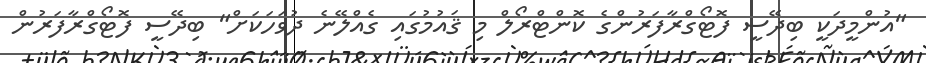
"އުންމީދަކީ ބިދޭސީ ފޮޓޯގްރާފަރުންގެ ކޮންޓްރޯލް މި ޤައުމުގައި ގެއްލޭނެ ދުވަހަކަށް" ބިދޭސީ ފޮޓޯގްރާފަރުން